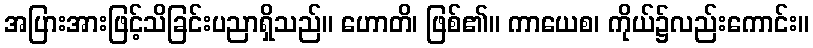
အပြားအားဖြင့်သိခြင်းပညာရှိသည်။ ဟောတိ၊ ဖြစ်၏။ ကာယေစ၊ ကိုယ်၌လည်းကောင်း။